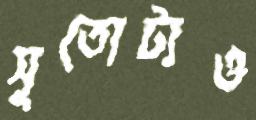
সুতোটাও